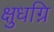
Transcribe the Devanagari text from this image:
क्षुधग्नि